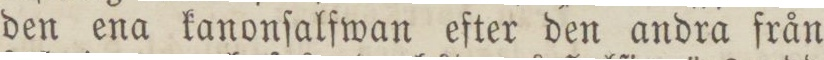
den ena kanonſalfwan efter den andra från